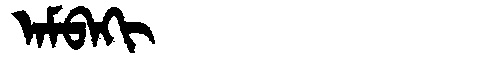
Manchu: ᠠᠮᠪᠠᡴᡳ
Romanization: AMBAKI